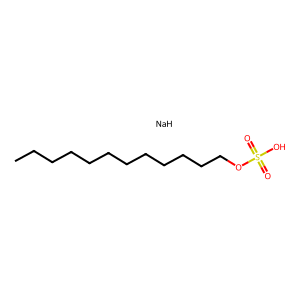
SMILES: CCCCCCCCCCCCOS(=O)(=O)O.[NaH]
Inhibits HIV replication: No